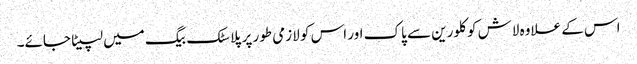
اس کے علاوہ لاش کو کلورین سے پاک اور اس کو لازمی طور پر پلاسٹک بیگ میں لپیٹا جائے۔